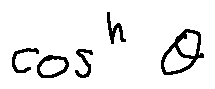
\cos ^ { n } \theta